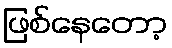
ဖြစ်နေတော့